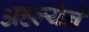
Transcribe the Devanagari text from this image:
अहल्येने